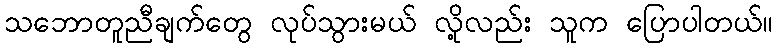
သဘောတူညီချက်တွေ လုပ်သွားမယ် လို့လည်း သူက ပြောပါတယ်။